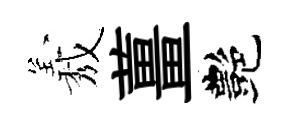
𦏁薑艷